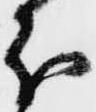
分